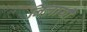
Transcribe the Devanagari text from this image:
निलायी